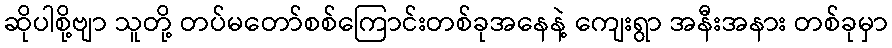
ဆိုပါစို့ဗျာ သူတို့ တပ်မတော်စစ်ကြောင်းတစ်ခုအနေနဲ့ ကျေးရွာ အနီးအနား တစ်ခုမှာ